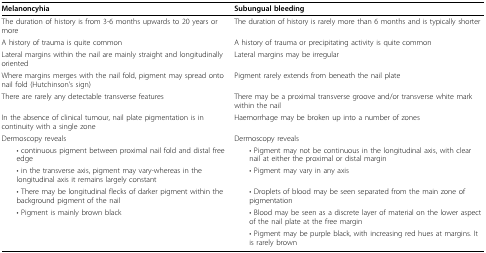
<table><thead><tr><td><b>Melanoncyhia</b></td><td><b>Subungual bleeding</b></td></tr></thead><tbody><tr><td>The duration of history is from 3-6 months upwards to 20 years or more</td><td>The duration of history is rarely more than 6 months and is typically shorter</td></tr><tr><td>A history of trauma is quite common</td><td>A history of trauma or precipitating activity is quite common</td></tr><tr><td>Lateral margins within the nail are mainly straight and longitudinally oriented</td><td>Lateral margins may be irregular</td></tr><tr><td>Where margins merges with the nail fold, pigment may spread onto nail fold (Hutchinson&#x27;s sign)</td><td>Pigment rarely extends from beneath the nail plate</td></tr><tr><td>There are rarely any detectable transverse features</td><td>There may be a proximal transverse groove and/or transverse white mark within the nail</td></tr><tr><td>In the absence of clinical tumour, nail plate pigmentation is in continuity with a single zone</td><td>Haemorrhage may be broken up into a number of zones</td></tr><tr><td>Dermoscopy reveals</td><td>Dermoscopy reveals</td></tr><tr><td> • continuous pigment between proximal nail fold and distal free edge</td><td> • Pigment may not be continuous in the longitudinal axis, with clear nail at either the proximal or distal margin</td></tr><tr><td> • in the transverse axis, pigment may vary-whereas in the longitudinal axis it remains largely constant</td><td> • Pigment may vary in any axis</td></tr><tr><td> • There may be longitudinal flecks of darker pigment within the background pigment of the nail</td><td> • Droplets of blood may be seen separated from the main zone of pigmentation</td></tr><tr><td> • Pigment is mainly brown black</td><td> • Blood may be seen as a discrete layer of material on the lower aspect of the nail plate at the free margin</td></tr><tr><td></td><td> • Pigment may be purple black, with increasing red hues at margins. It is rarely brown</td></tr></tbody></table>